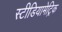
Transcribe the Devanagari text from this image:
स्टीडियामेट्रिक